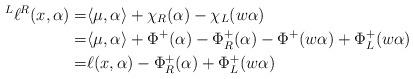
LaTeX: \begin{align*}\prescript L{}{}\ell{}^R(x,\alpha) =& \langle \mu,\alpha\rangle + \chi_R(\alpha) -\chi_L(w\alpha)\\=& \langle \mu,\alpha\rangle + \Phi^+(\alpha)-\Phi^+_R(\alpha) -\Phi^+(w\alpha)+\Phi_L^+(w\alpha)\\=&\ell(x,\alpha) - \Phi^+_R(\alpha) + \Phi_L^+(w\alpha)\end{align*}